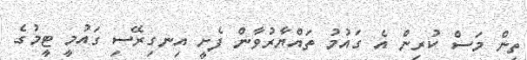
ތިން މަސް ކުރިން އެ ގައުމު ތައްޔާރުވާން ފެށީ އިނގިރޭސި ގައުމީ ޓީމުގެ